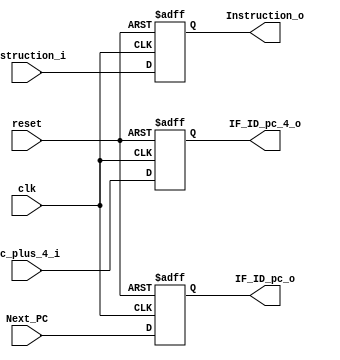
module IF_ID_module
#(
	parameter NBits = 32
)
(
	input clk,
	input reset,
	input [NBits-1:0] Next_PC, //pc_w
	input [NBits-1:0] pc_plus_4_i, //pc_plus_4_w
	input [NBits-1:0] Instruction_i, //instruction_bus_w

	
	output reg [31:0] IF_ID_pc_4_o,
	output reg [31:0] IF_ID_pc_o,
	output reg [(NBits-1):0] Instruction_o
);

always@(negedge reset or posedge clk) begin
	if(reset==0) begin
		IF_ID_pc_o <= 32'h00000000;
		IF_ID_pc_4_o <= 32'h00000000;
		Instruction_o <= 32'h00000000;
	end
	else begin
		IF_ID_pc_o <= Next_PC;
		IF_ID_pc_4_o <= pc_plus_4_i;
		Instruction_o <= Instruction_i;
	end
end


endmodule